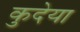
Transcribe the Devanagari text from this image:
कुदेया